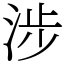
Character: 涉